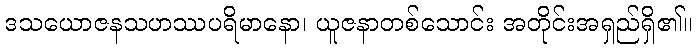
ဒသယောဇနသဟဿပရိမာနော၊ ယူဇနာတစ်သောင်း အတိုင်းအရှည်ရှိ၏။